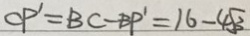
C P ^ { \prime } = B C - B P ^ { \prime } = 1 6 - 4 \sqrt { 3 }